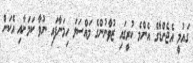
ގައުމީ އެޖެންޑާގެ އެންމެ ކުރީގައި ޒުވާނުންގެ މައްސަލަ ހިމަނާފައި ނުވާ ކަމަށާއި އެކަން